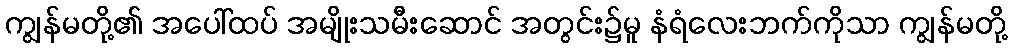
ကျွန်မတို့၏ အပေါ်ထပ် အမျိုးသမီးဆောင် အတွင်း၌မူ နံရံလေးဘက်ကိုသာ ကျွန်မတို့